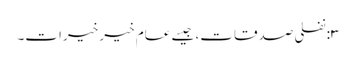
٣:نفلی صدقات، جیسے عام خیر خیرات۔